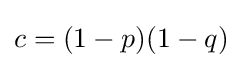
c=(1-p)(1-q)